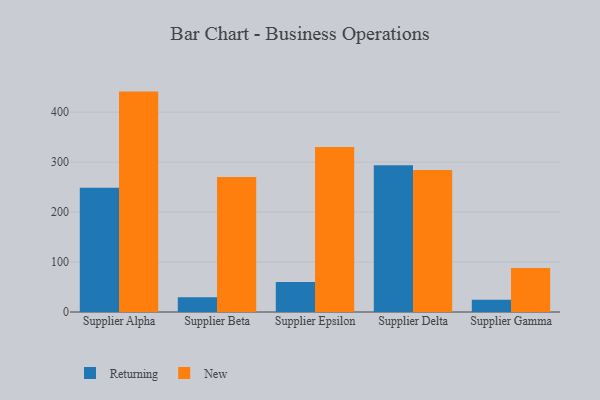
{"axis": {"x": "Supplier", "y": "Conversion Rate (%)"}, "legend": ["New", "Returning"], "data": [{"x": "Supplier Alpha", "y": 248.7, "type": "Returning"}, {"x": "Supplier Alpha", "y": 441.1, "type": "New"}, {"x": "Supplier Beta", "y": 29.6, "type": "Returning"}, {"x": "Supplier Beta", "y": 270.3, "type": "New"}, {"x": "Supplier Epsilon", "y": 59.9, "type": "Returning"}, {"x": "Supplier Epsilon", "y": 330.4, "type": "New"}, {"x": "Supplier Delta", "y": 293.5, "type": "Returning"}, {"x": "Supplier Delta", "y": 284.2, "type": "New"}, {"x": "Supplier Gamma", "y": 24.7, "type": "Returning"}, {"x": "Supplier Gamma", "y": 88.1, "type": "New"}]}